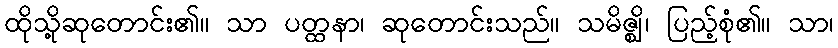
ထိုသို့ဆုတောင်း၏။ သာ ပတ္ထနာ၊ ဆုတောင်းသည်။ သမိဇ္ဈိ၊ ပြည့်စုံ၏။ သာ၊